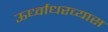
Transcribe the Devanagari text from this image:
ऊर्ध्वाधरव्यास